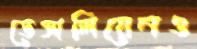
ডেসালিয়েনও